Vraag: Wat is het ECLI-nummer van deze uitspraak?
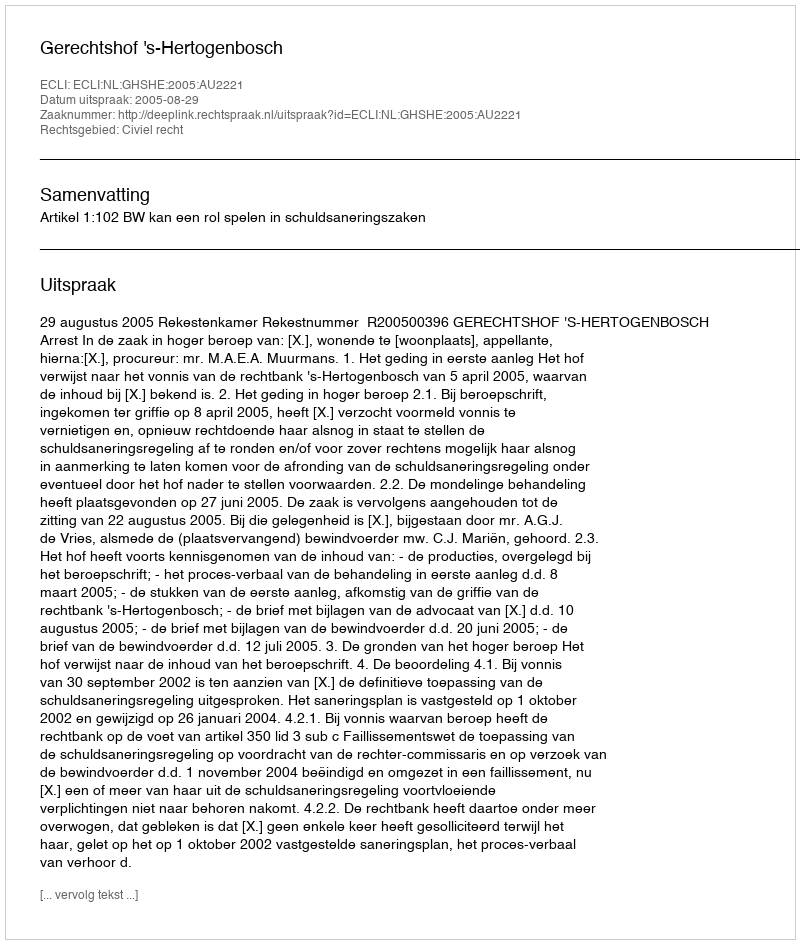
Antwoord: ECLI:NL:GHSHE:2005:AU2221